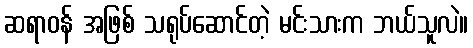
ဆရာဝန် အဖြစ် သရုပ်ဆောင်တဲ့ မင်းသားက ဘယ်သူလဲ။